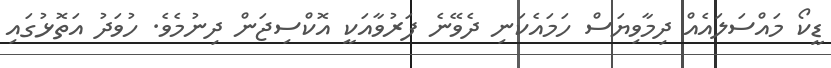
ޑީކޯ މައްސަލައެއް ދިމާވިޔަސް ހަމައެކަނި ދެވޭނެ ފަރުވާއަކީ އޮކްސިޖަން ދިނުމެވެ. ހުވަދު އަތޮޅުގައި